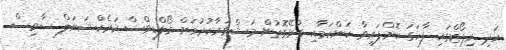
އަދި ރިޕޯޓްގައި ފާހަގަ ކޮށްފައިވާ ކަންކަމާއި ގުޅޭގޮތުން މަޝްވަރާކުރުމަށް މޯލްޑިވްސް ކަރެކްޝަނަލް ސާވިސް